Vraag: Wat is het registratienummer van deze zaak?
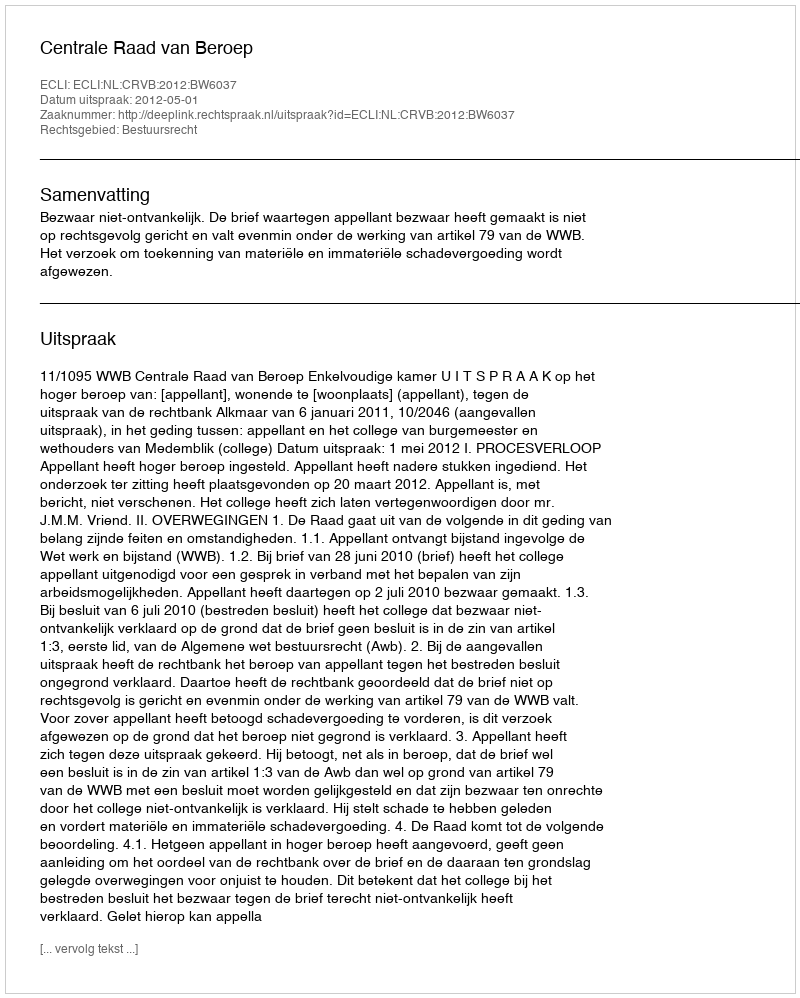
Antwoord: http://deeplink.rechtspraak.nl/uitspraak?id=ECLI:NL:CRVB:2012:BW6037